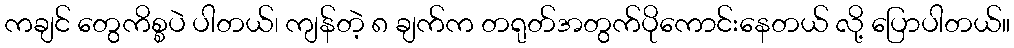
ကချင် တွေကိစ္စပဲ ပါတယ်၊ ကျန်တဲ့ ၈ ချက်က တရုတ်အတွက်ပိုကောင်းနေတယ် လို့ ပြောပါတယ်။